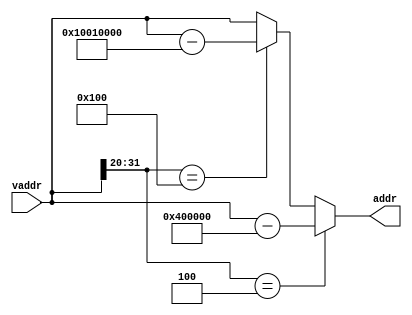
`timescale 1ns / 1ps
//////////////////////////////////////////////////////////////////////////////////
// 
// Design Name: 
// Module Name: VADDR_MAP
// 
//////////////////////////////////////////////////////////////////////////////////


module vaddr_mapper
(
    input wire [31:0] vaddr,
    output reg [31:0] addr
);

always @ (*) begin
    if(vaddr[31:20] == 12'h004) begin
        addr = vaddr - 32'h0040_0000;
    end
    else if(vaddr[31:20] == 12'h100) begin
        addr = vaddr - 32'h1001_0000;
    end
    else begin
        addr = vaddr;
    end
end

endmodule